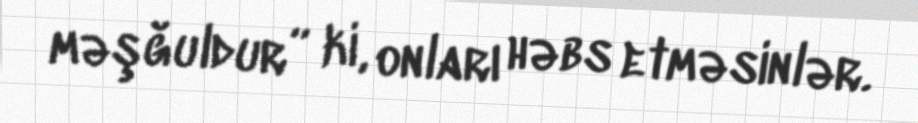
məşğuldur” ki, onları həbs etməsinlər.